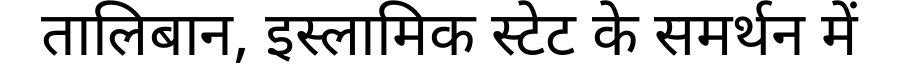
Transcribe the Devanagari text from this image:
तालिबान, इस्लामिक स्टेट के समर्थन में